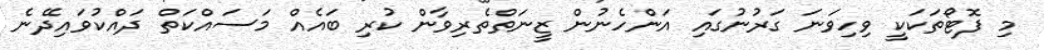
މި ފޮޓޯތަކަކީ ވިހިވަނަ ގަރުނުގައި އަންހެނުން ޒީނަތްތެރިވާން ކުރި ބައެއް މަސައްކަތް ދައްކުވައިދޭނެ